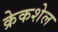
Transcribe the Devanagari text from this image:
क्रेकशेल